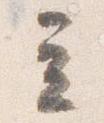
立